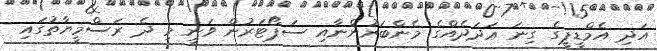
އަދި އެމްޑީޕީގެ ގިނަ ޢަދަދެއްގެ މެންބަރުންނާއި ސަޕޯޓަރުން ވަނީ މި ދެ ރަސްމީޔާތުގައި